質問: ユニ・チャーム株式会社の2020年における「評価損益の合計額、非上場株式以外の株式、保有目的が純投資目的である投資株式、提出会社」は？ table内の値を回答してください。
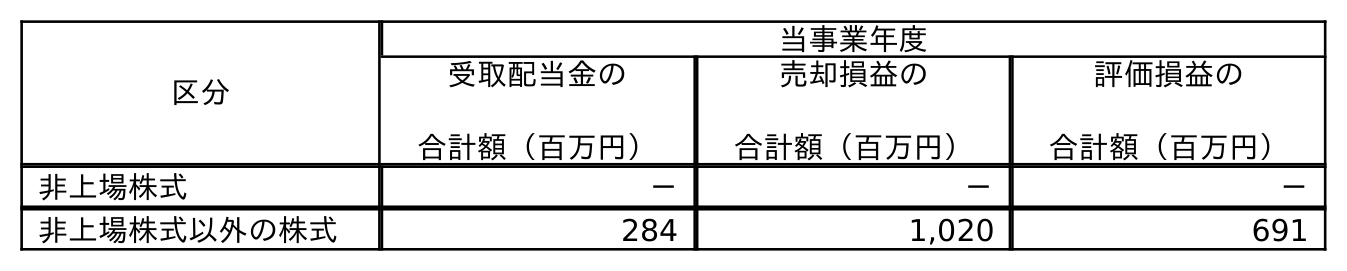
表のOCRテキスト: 区分 当事業年度 受取配当金の 合計額（百万円） 売却損益の 合計額（百万円） 評価損益の 合計額（百万円） 非上場株式 － － － 非上場株式以外の株式 284 1,020 691
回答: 691